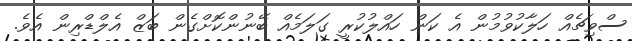
ސްވިޗެއް ހަލާކުވުމުން އެ ކަން ހައްލުކުރީ ގަލަމެއް ބޭނުންކޮށްގެން ބަޒް އެލްޑްރިން އެވެ.